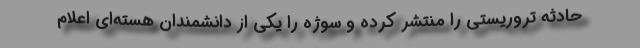
حادثه تروریستی را منتشر کرده و سوژه را یکی از دانشمندان هسته‌ای اعلام